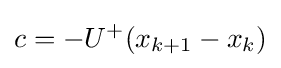
c=-U^{+}(x_{k+1}-x_{k})